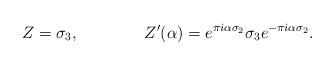
LaTeX: \begin{align*}Z=\sigma_3, \qquad\qquad Z'(\alpha) = e^{\pi i \alpha \sigma_2} \sigma_3 e^{-\pi i \alpha \sigma_2}. \end{align*}